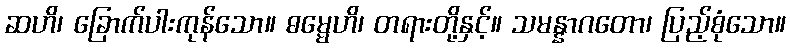
ဆဟိ၊ ခြောက်ပါးကုန်သော။ ဓမ္မေဟိ၊ တရားတို့နှင့်။ သမန္နာဂတော၊ ပြည့်စုံသော။